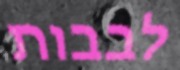
לבבות